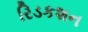
રિડકશન